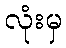
လုံးမှ